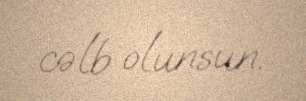
cəlb olunsun.